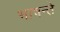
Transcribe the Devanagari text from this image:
भाषन्ते